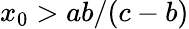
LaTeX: x_{0}>ab/(c-b)